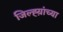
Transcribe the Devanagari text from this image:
जिल्ह्य़ांच्या